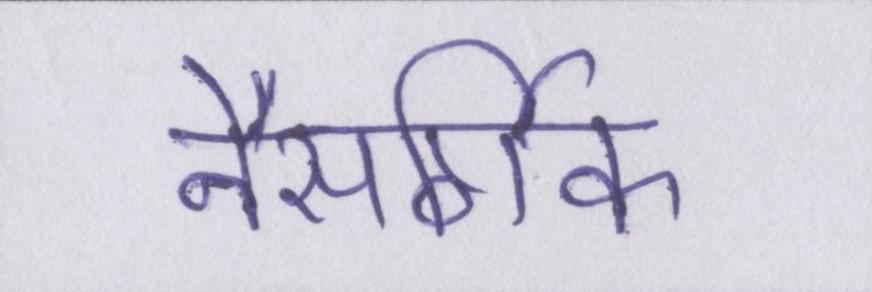
नैसर्गिक